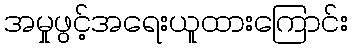
အမှုဖွင့်အရေးယူထားကြောင်း